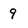
Character: 9